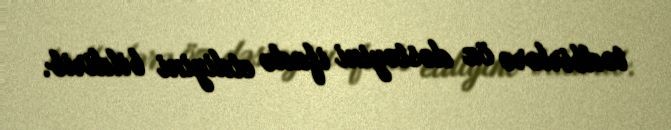
tədbirlərə öz dəstəyini ifadə etdiyini bildirib.